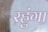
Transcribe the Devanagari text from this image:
रहुंगा